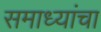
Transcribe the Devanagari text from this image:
समाध्यांचा